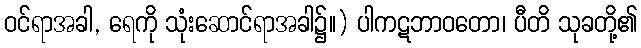
ဝင်ရာအခါ, ရေကို သုံးဆောင်ရာအခါ၌။) ပါကဋဘာဝတော၊ ပီတိ သုခတို့၏